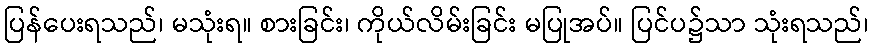
ပြန်ပေးရသည်၊ မသုံးရ။ စားခြင်း၊ ကိုယ်လိမ်းခြင်း မပြုအပ်။ ပြင်ပ၌သာ သုံးရသည်၊